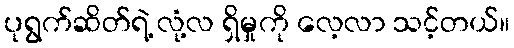
ပုရွက်ဆိတ်ရဲ့ လုံ့လ ရှိမှုကို လေ့လာ သင့်တယ်။